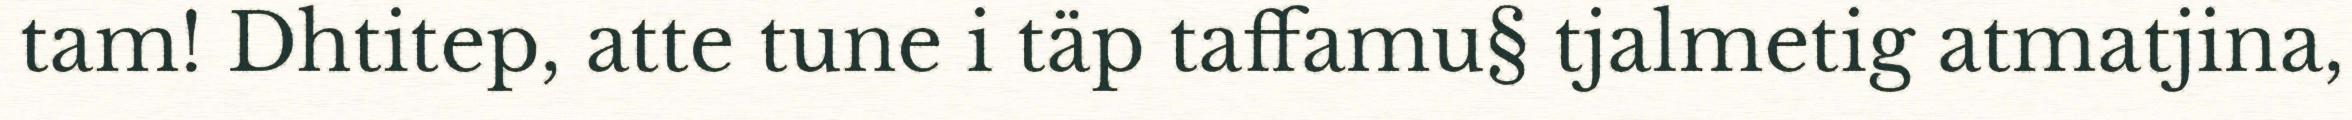
tam! Dhtitep, atte tune i täp taffamu§ tjalmetig atmatjina,